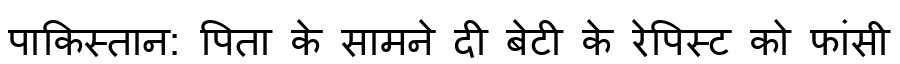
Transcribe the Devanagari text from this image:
पाकिस्तान: पिता के सामने दी बेटी के रेपिस्ट को फांसी